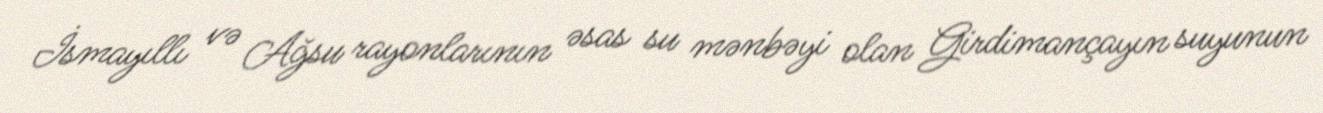
İsmayıllı və Ağsu rayonlarının əsas su mənbəyi olan Girdimançayın suyunun